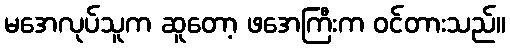
မအေလုပ်သူက ဆူတော့ ဖအေကြီးက ဝင်တားသည်။